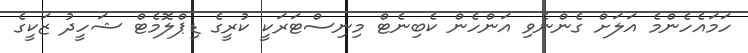
ހަމައެހެންމެ އަލަށް ގެންނެވި އަންހެން ކެބިނެޓް މިނިސްޓަރަކީ ކުރީގެ ޑިޕްލޮމެޓް ޝަހީދު ޒަކީގެ